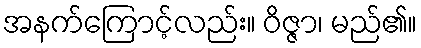
အနက်ကြောင့်လည်း။ ဝိဇ္ဇာ၊ မည်၏။